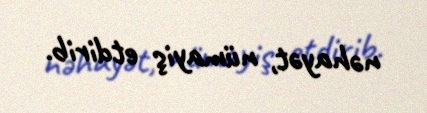
nəhayət, nümayiş etdirib.